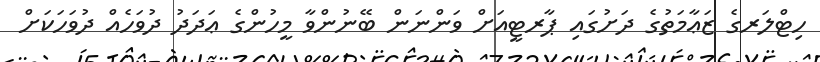
ހިޓްލަރގެ ޒަޢާމަތުގެ ދަށުގައި ޕާރޓީއަށް ވަންނަން ބޭނުންވާ މީހުންގެ ޢަދަދު ދުވަހެއް ދުވަހަކަށް